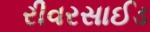
રીવરસાઈડ